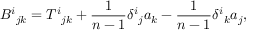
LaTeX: B ^ { i } { } _ { j k } = T ^ { i } { } _ { j k } + { \frac { 1 } { n - 1 } } \delta ^ { i } { } _ { j } a _ { k } - { \frac { 1 } { n - 1 } } \delta ^ { i } { } _ { k } a _ { j } ,